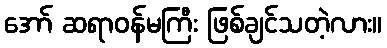
အော် ဆရာဝန်မကြီး ဖြစ်ချင်သတဲ့လား။